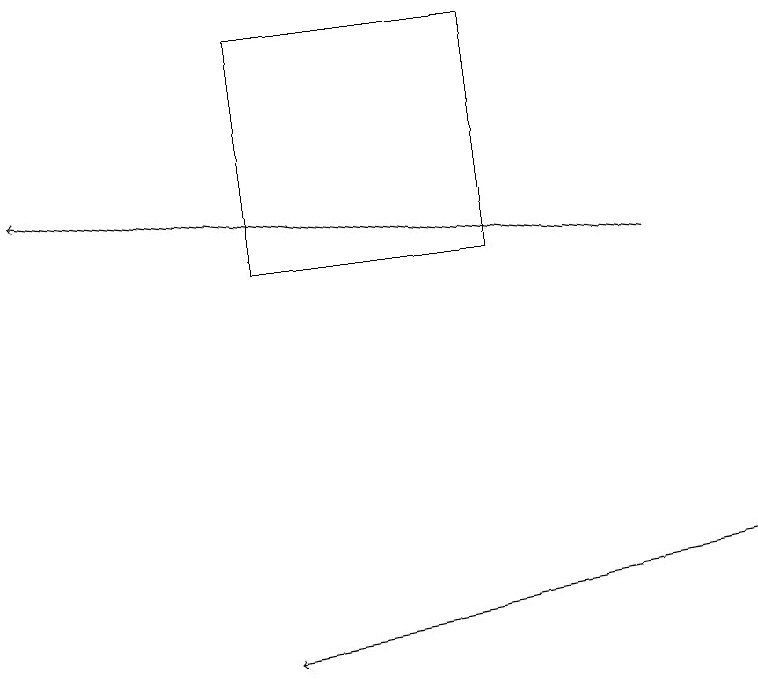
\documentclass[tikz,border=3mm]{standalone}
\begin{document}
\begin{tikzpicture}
\draw (3,15) rectangle (6,18);
\draw[->] (9,11) -- (3,10);
\draw[->] (8,15) -- (0,16);
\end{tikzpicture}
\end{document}